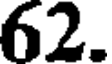
62.